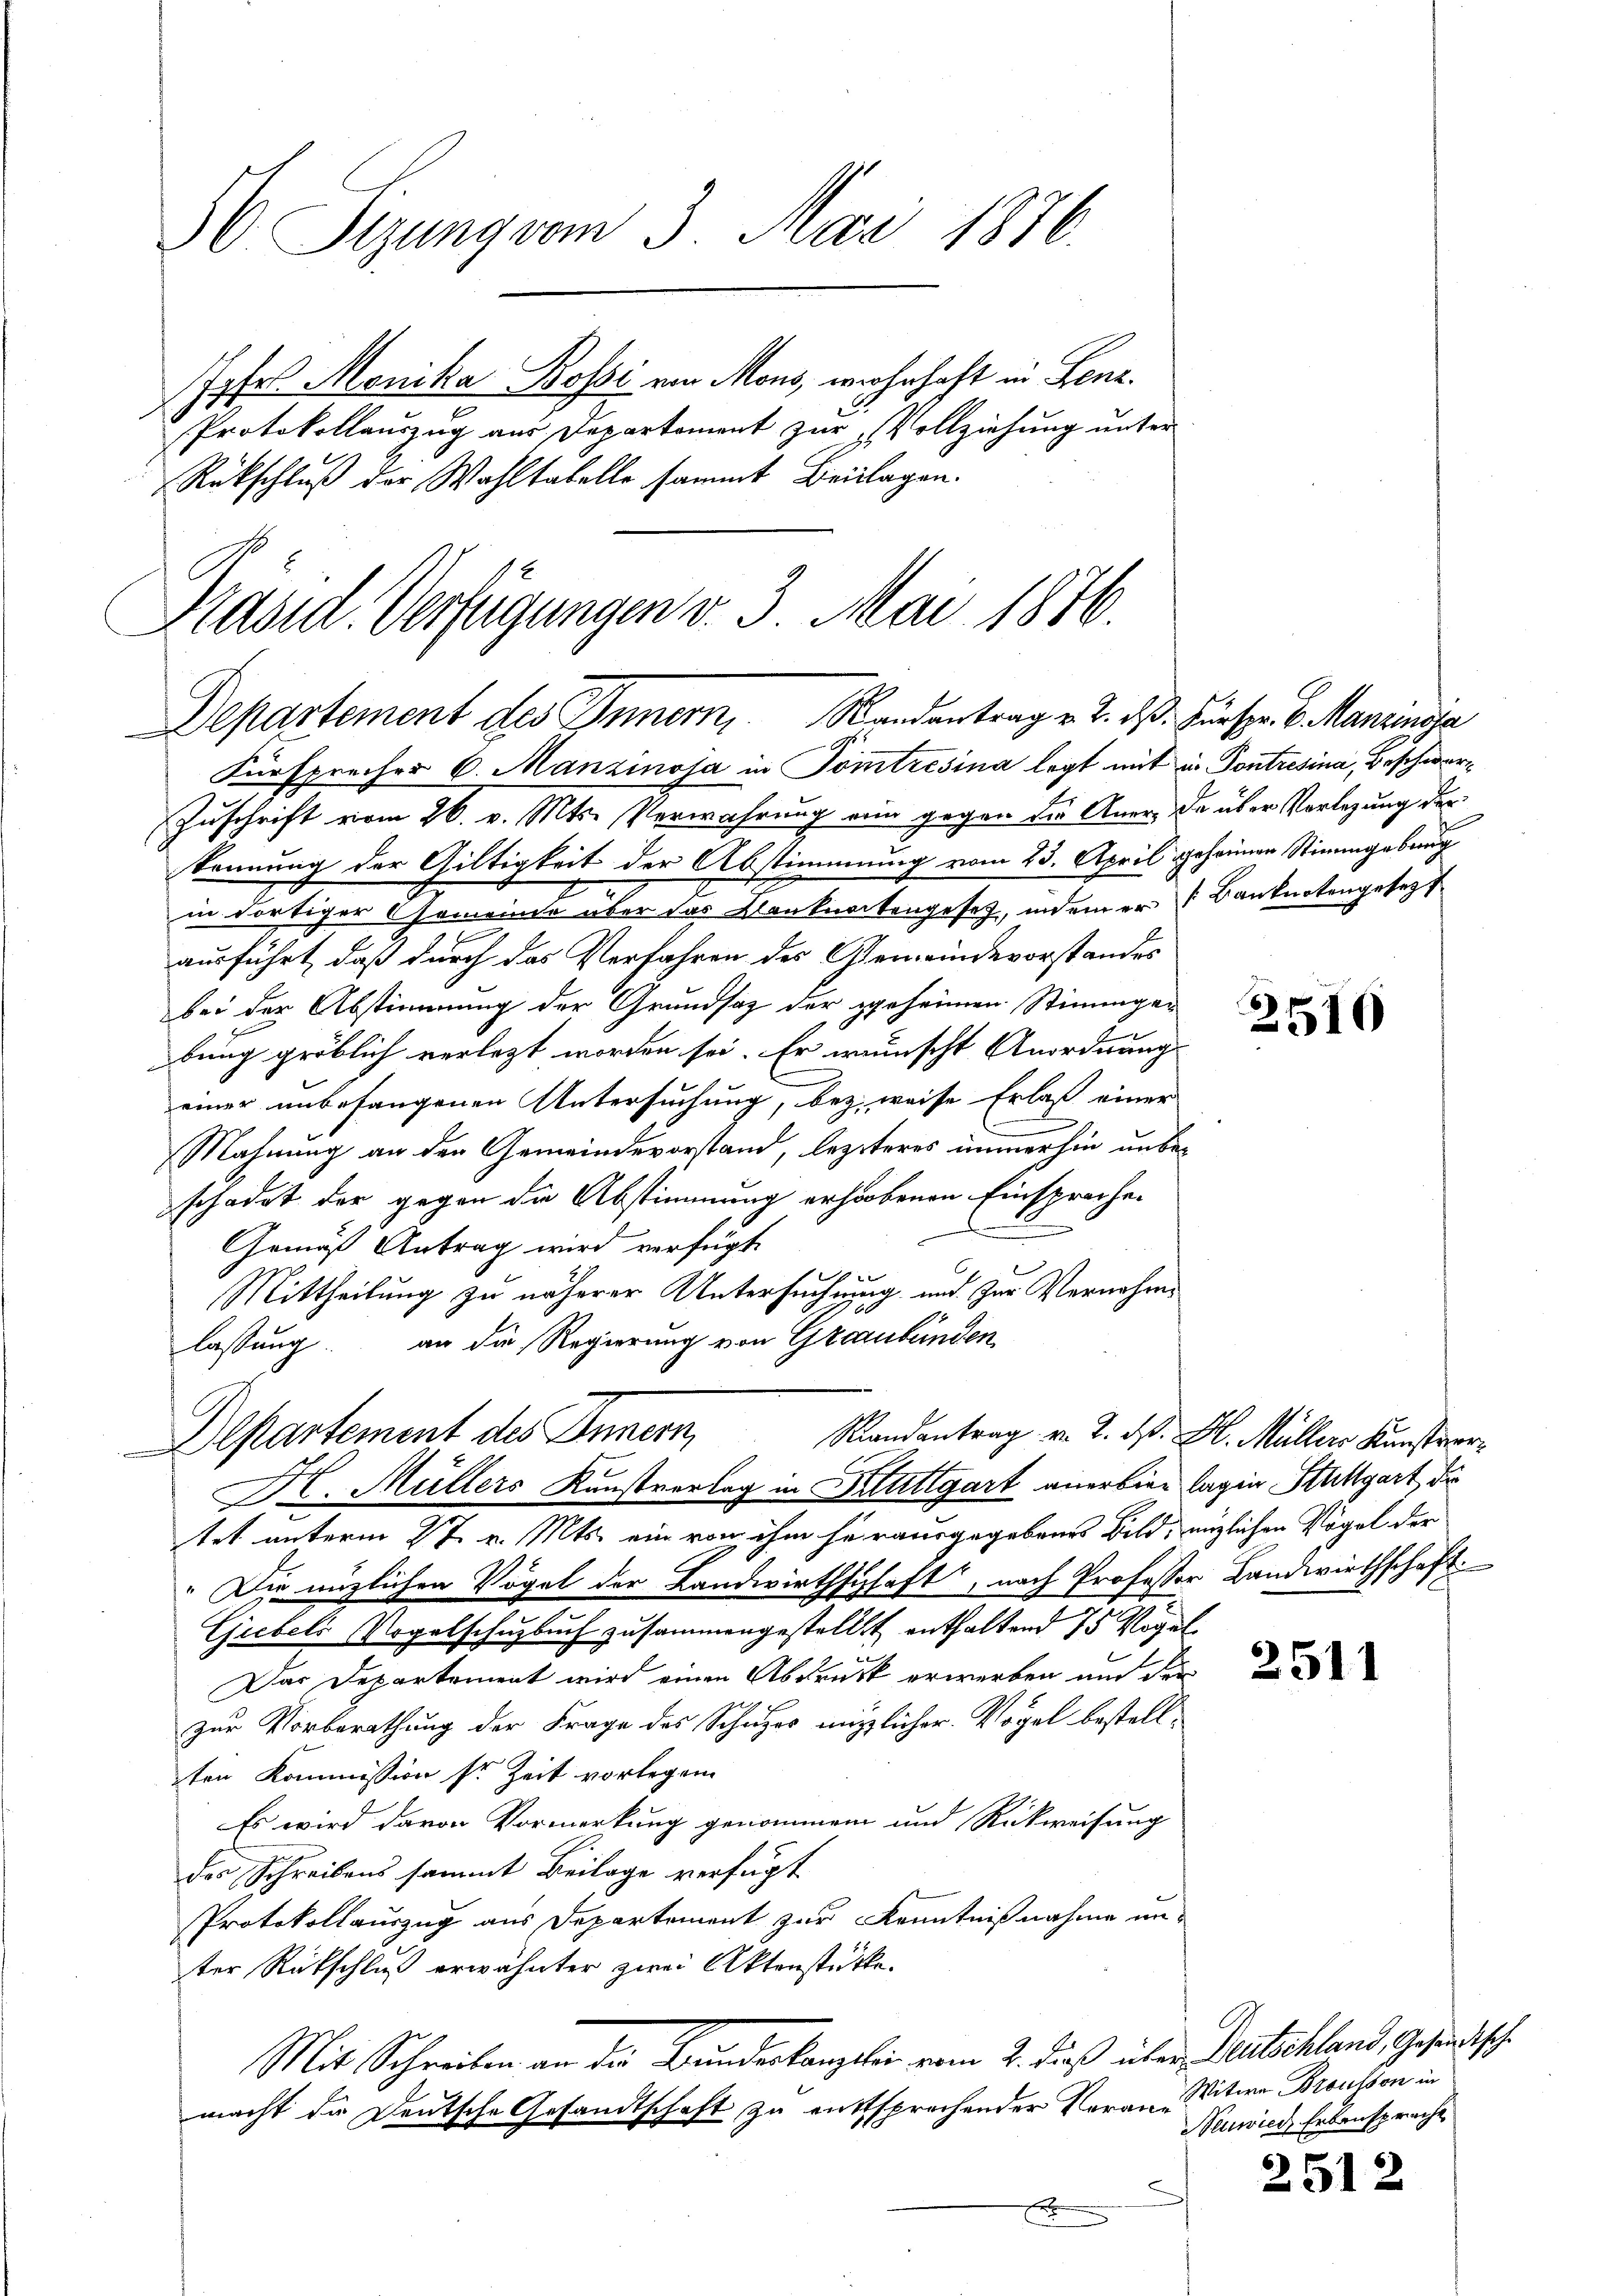
56 Sizung vom 3. Mai 1870.

ofr Monika Bossi von Mons, wohnhaft in Lenz.
Protokollauszug aus Departement zur „Vollziehung unter
Rückschluß der Wahltabelle sammt Beilagen.

Präsid. Verfügungen v. 3. Mai 1876.
Departement des Innern, Randantrag v. J. dß. Fürste 6. Manimaja

Fürsprecher 6. Manzinoja in Pomtresina legt mit u. Pontresina, Beschwer¬
Zuschrift vom 26. v. Mts. Verwahrung eine gegen die Aner- da über Vorlegung der
kennung der Giltigkeit der Abstimmung vom 23. April gehörnen Stimmgebung
in dortiger Gemeinde über das Banknockengesetz, indem er Banknotengesezt
ausführt, daß durch das Verfahren des Gemeindevorstandes
bei der Abstimmung der Grundsatz der geheinen Stimmgebung gröblich verletzt worden sei. Er wünscht Anordnung
einer unbefangenen Untersuchung, bez. weise Erlaß einer
Mahnung an den Gemeindevorstand, lezteres immerhin unbeschadet der gegen die Abstimmung erhobenen Einsprache
Gemäß Antrag wird verfügt
1
Mittheilung zu näherer Untersuchung und zur Vernahms
lassung an die Regierung von Graubünden
Dr. Müllers Kunstverlag in Stuttgart anerbier lagen Stuttgart, de
tet unterm 27. v. Mts. ein von ihm herausgegebenes Bild, möglichen Vögel der
" Die nützlichen Vögel der Landwirthschaft, nach Professor Landwirthschaft
Giebels Vogelschuzbuch zusammengestellt enthaltend 75 Vogel
Das Departement wird einen Abdruck erwerben um der
zur Vorberathung der Frage des Schupor mitzlicher Vogel bestellten Kommission sr Zeit vorlegen
Es wird davon Vormerkung genommen und Rückweisung
des Schreibens sammt Beilage verfügt
Protokollauszug aus Departement zur Kenntnißnahme unter Rückschluß erwähnter zwei Aktenstücke.
Mit Schreiben an die Bundeskanzlein vom 2. Dieß über Deutschland, Gesandtsche
macht die Deutsche Gesandtschaft zu enttsprechender Voran¬
J
f

Randantrag v. 2. d. H. Müller Kunstver¬
Departement des Innern,

2510

2511

Witwe Brousson in
Neuwies Erbensprache

2512